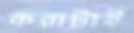
করাটাই